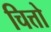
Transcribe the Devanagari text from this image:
चित्तो